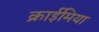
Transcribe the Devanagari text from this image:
क्राईमिया